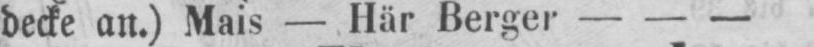
decke an.) Mais - Här Berger - - -